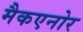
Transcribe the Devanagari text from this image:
मैकएनोर